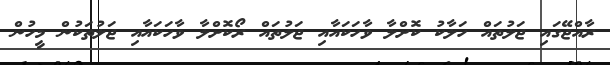
ރާއްޖޭގައި ޖަލުތައް ހަލާކު ކޮށްލާ ވާހަކައާއި ޖަލުތައް ރޯކޮށްލާ ވާހަކައާއި ޖަލުތަކުން މީހުން